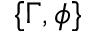
\{ \Gamma , \phi \}